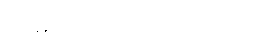
မစ္စတာလင်း အသုဘကို သွားတယ်။